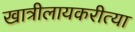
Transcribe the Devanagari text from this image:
खात्रीलायकरीत्या